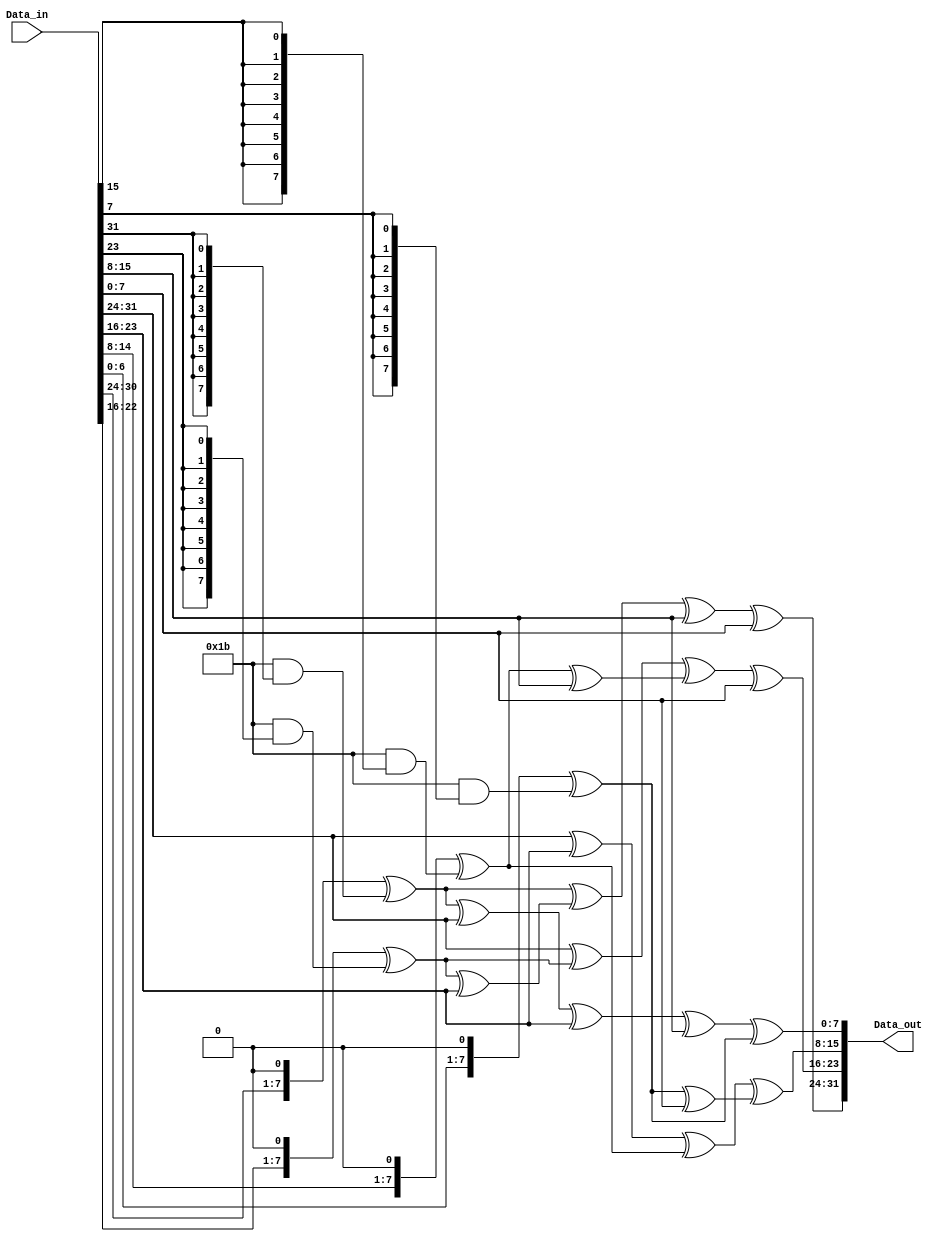

module mixColumns_32bit(
    input [31:0] Data_in,
    output [31:0] Data_out
);

    wire [7:0] X0, X1, X2, X3;
    wire [7:0] Y0, Y1, Y2, Y3;

    // Extract input bytes
    assign X0 = Data_in[31:24];
    assign X1 = Data_in[23:16];
    assign X2 = Data_in[15:8];
    assign X3 = Data_in[7:0];

    // Perform matrix multiplication
    assign Y0 = pmul_2(X0) ^ pmul_3(X1) ^ pmul_1(X2) ^ pmul_1(X3);
    assign Y1 = pmul_1(X0) ^ pmul_2(X1) ^ pmul_3(X2) ^ pmul_1(X3);
    assign Y2 = pmul_1(X0) ^ pmul_1(X1) ^ pmul_2(X2) ^ pmul_3(X3);
    assign Y3 = pmul_3(X0) ^ pmul_1(X1) ^ pmul_1(X2) ^ pmul_2(X3);

    // Combine output bytes
    assign Data_out = {Y0, Y1, Y2, Y3};

    // Functions for GF(2^8) multiplication
    function [7:0] pmul_1;
        input [7:0] b;
        begin
            pmul_1 = b;
        end
    endfunction
    
    function [7:0] pmul_2;
        input [7:0] b;
        pmul_2 = {b[6:0], 1'b0} ^ (8'h1b & {8{b[7]}});
    endfunction
    
    function [7:0] pmul_3;
        input [7:0] b;
        reg [7:0] two;
        begin
            two = pmul_2(b);
            pmul_3 = two ^ b;
        end
    endfunction



endmodule